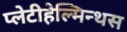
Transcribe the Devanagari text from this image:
प्लेटीहेल्मिन्थस